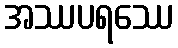
အဿပရဿေ